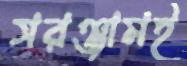
সরঞ্জামই